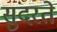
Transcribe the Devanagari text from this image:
सुंदरते